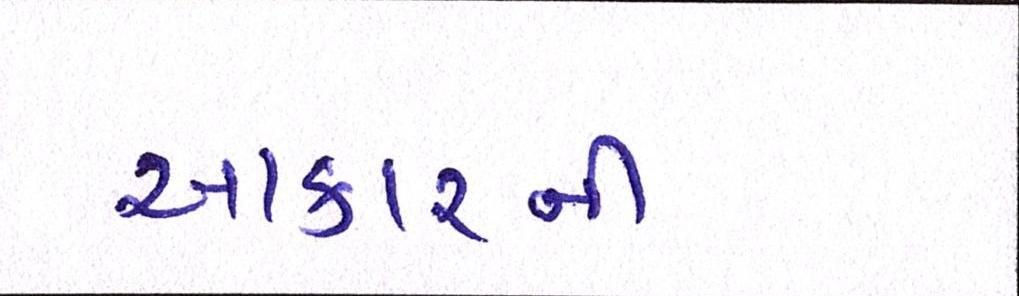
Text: આકારની